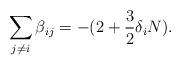
LaTeX: \begin{align*} \sum_{j\neq i} \beta_{ij} = - ( 2 + \frac{3}{2} \delta_{i} N ).\end{align*}